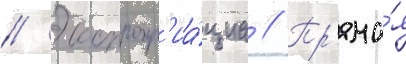
// Экспропр'иа́циа // Пр'яма́я